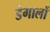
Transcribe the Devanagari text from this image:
डंगालों